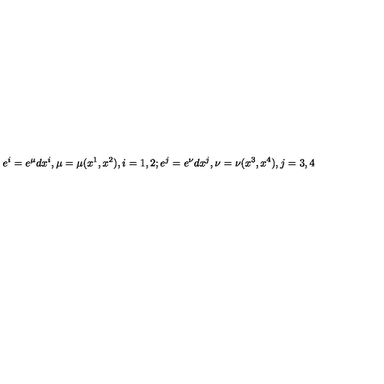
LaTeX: e ^ { i } = e ^ { \mu } d x ^ { i } , \mu = \mu ( x ^ { 1 } , x ^ { 2 } ) , i = 1 , 2 ; e ^ { j } = e ^ { \nu } d x ^ { j } , \nu = \nu ( x ^ { 3 } , x ^ { 4 } ) , j = 3 , 4